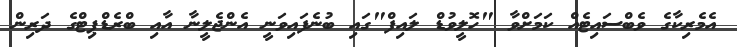
އެމެރިކާގެ ވެބްސައިޓެއް ކަމަށްވާ "ހޮލީވުޑް ލައިފް"ގައި ބުނެފައިވަނީ އެންޖެލީނާ އާއި ބްރެޑްޕިޓްގެ ދަރިން